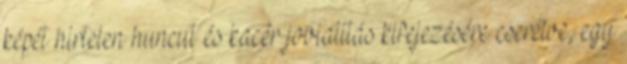
képét hirtelen huncut és kacér jovialitás kifejezésére cserélve, egy